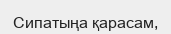
Сипатыңа қарасам,